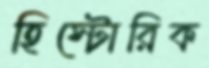
হিস্টোরিক